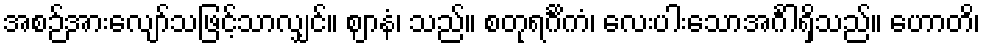
အစဉ်အားလျော်သဖြင့်သာလျှင်။ ဈာနံ၊ သည်။ စတုရင်္ဂိကံ၊ လေးပါးသောအင်္ဂါရှိသည်။ ဟောတိ၊